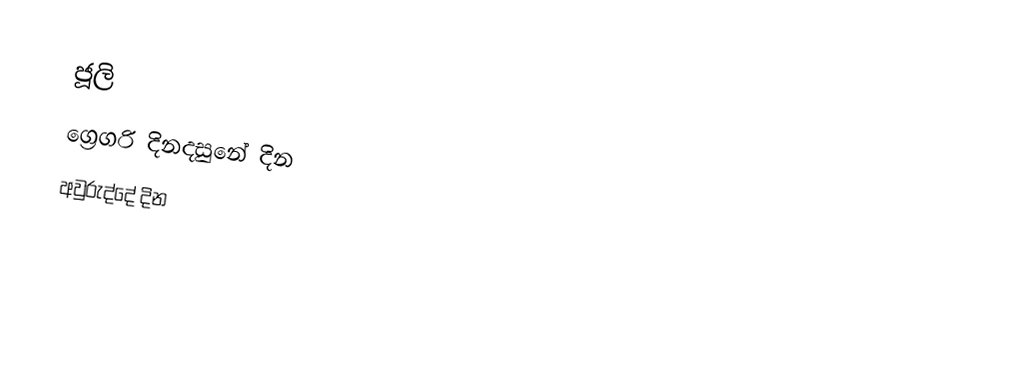
ජූලි
ග්‍රෙගරි දිනදසුනේ දින
අවුරුද්දේ දින